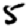
Digit: 5